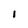
Character: I